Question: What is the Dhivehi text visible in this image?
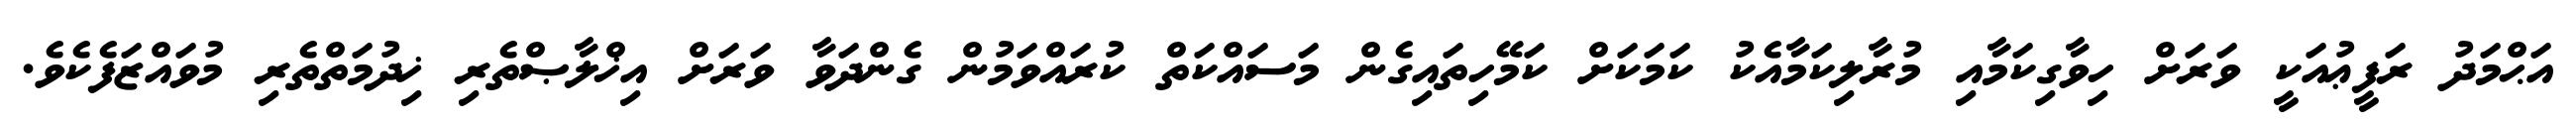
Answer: އަޙްމަދު ރަފީޢުއަކީ ވަރަށް ހިވާގިކަމާއި މުރާލިކަމާއެކު ކަމަކަށް ކަމޭހިތައިގެން މަސައްކަތް ކުރައްވަމުން ގެންދަވާ ވަރަށް އިޚްލާޞްތެރި ޚިދުމަތްތެރި މުވައްޒަފެކެވެ.